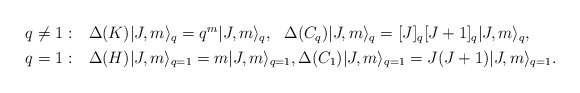
\begin{align*} \begin{aligned} q \neq 1: &\ \ \ \Delta(K)|J,m \rangle_q = q^{m} |J,m \rangle_q , \ \ \Delta(C_q) |J,m \rangle_q = [J]_q[J+1]_q |J,m \rangle_q , \\ q= 1: &\ \ \ \Delta(H)|J,m \rangle_{q=1} = m |J,m \rangle_{q=1} , \Delta(C_1) |J,m \rangle_{q=1} = J(J+1) |J,m \rangle_{q=1} .\end{aligned} \end{align*}